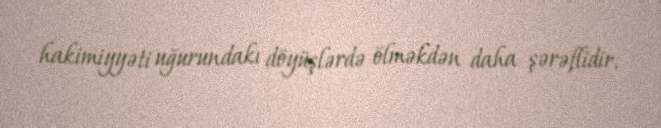
hakimiyyəti uğurundakı döyüşlərdə ölməkdən daha şərəflidir.